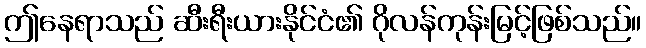
ဤနေရာသည် ဆီးရီးယားနိုင်ငံ၏ ဂိုလန်ကုန်းမြင့်ဖြစ်သည်။